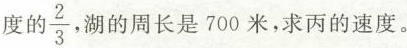
度的\frac{2}{3},湖的周长是700米，求丙的速度。